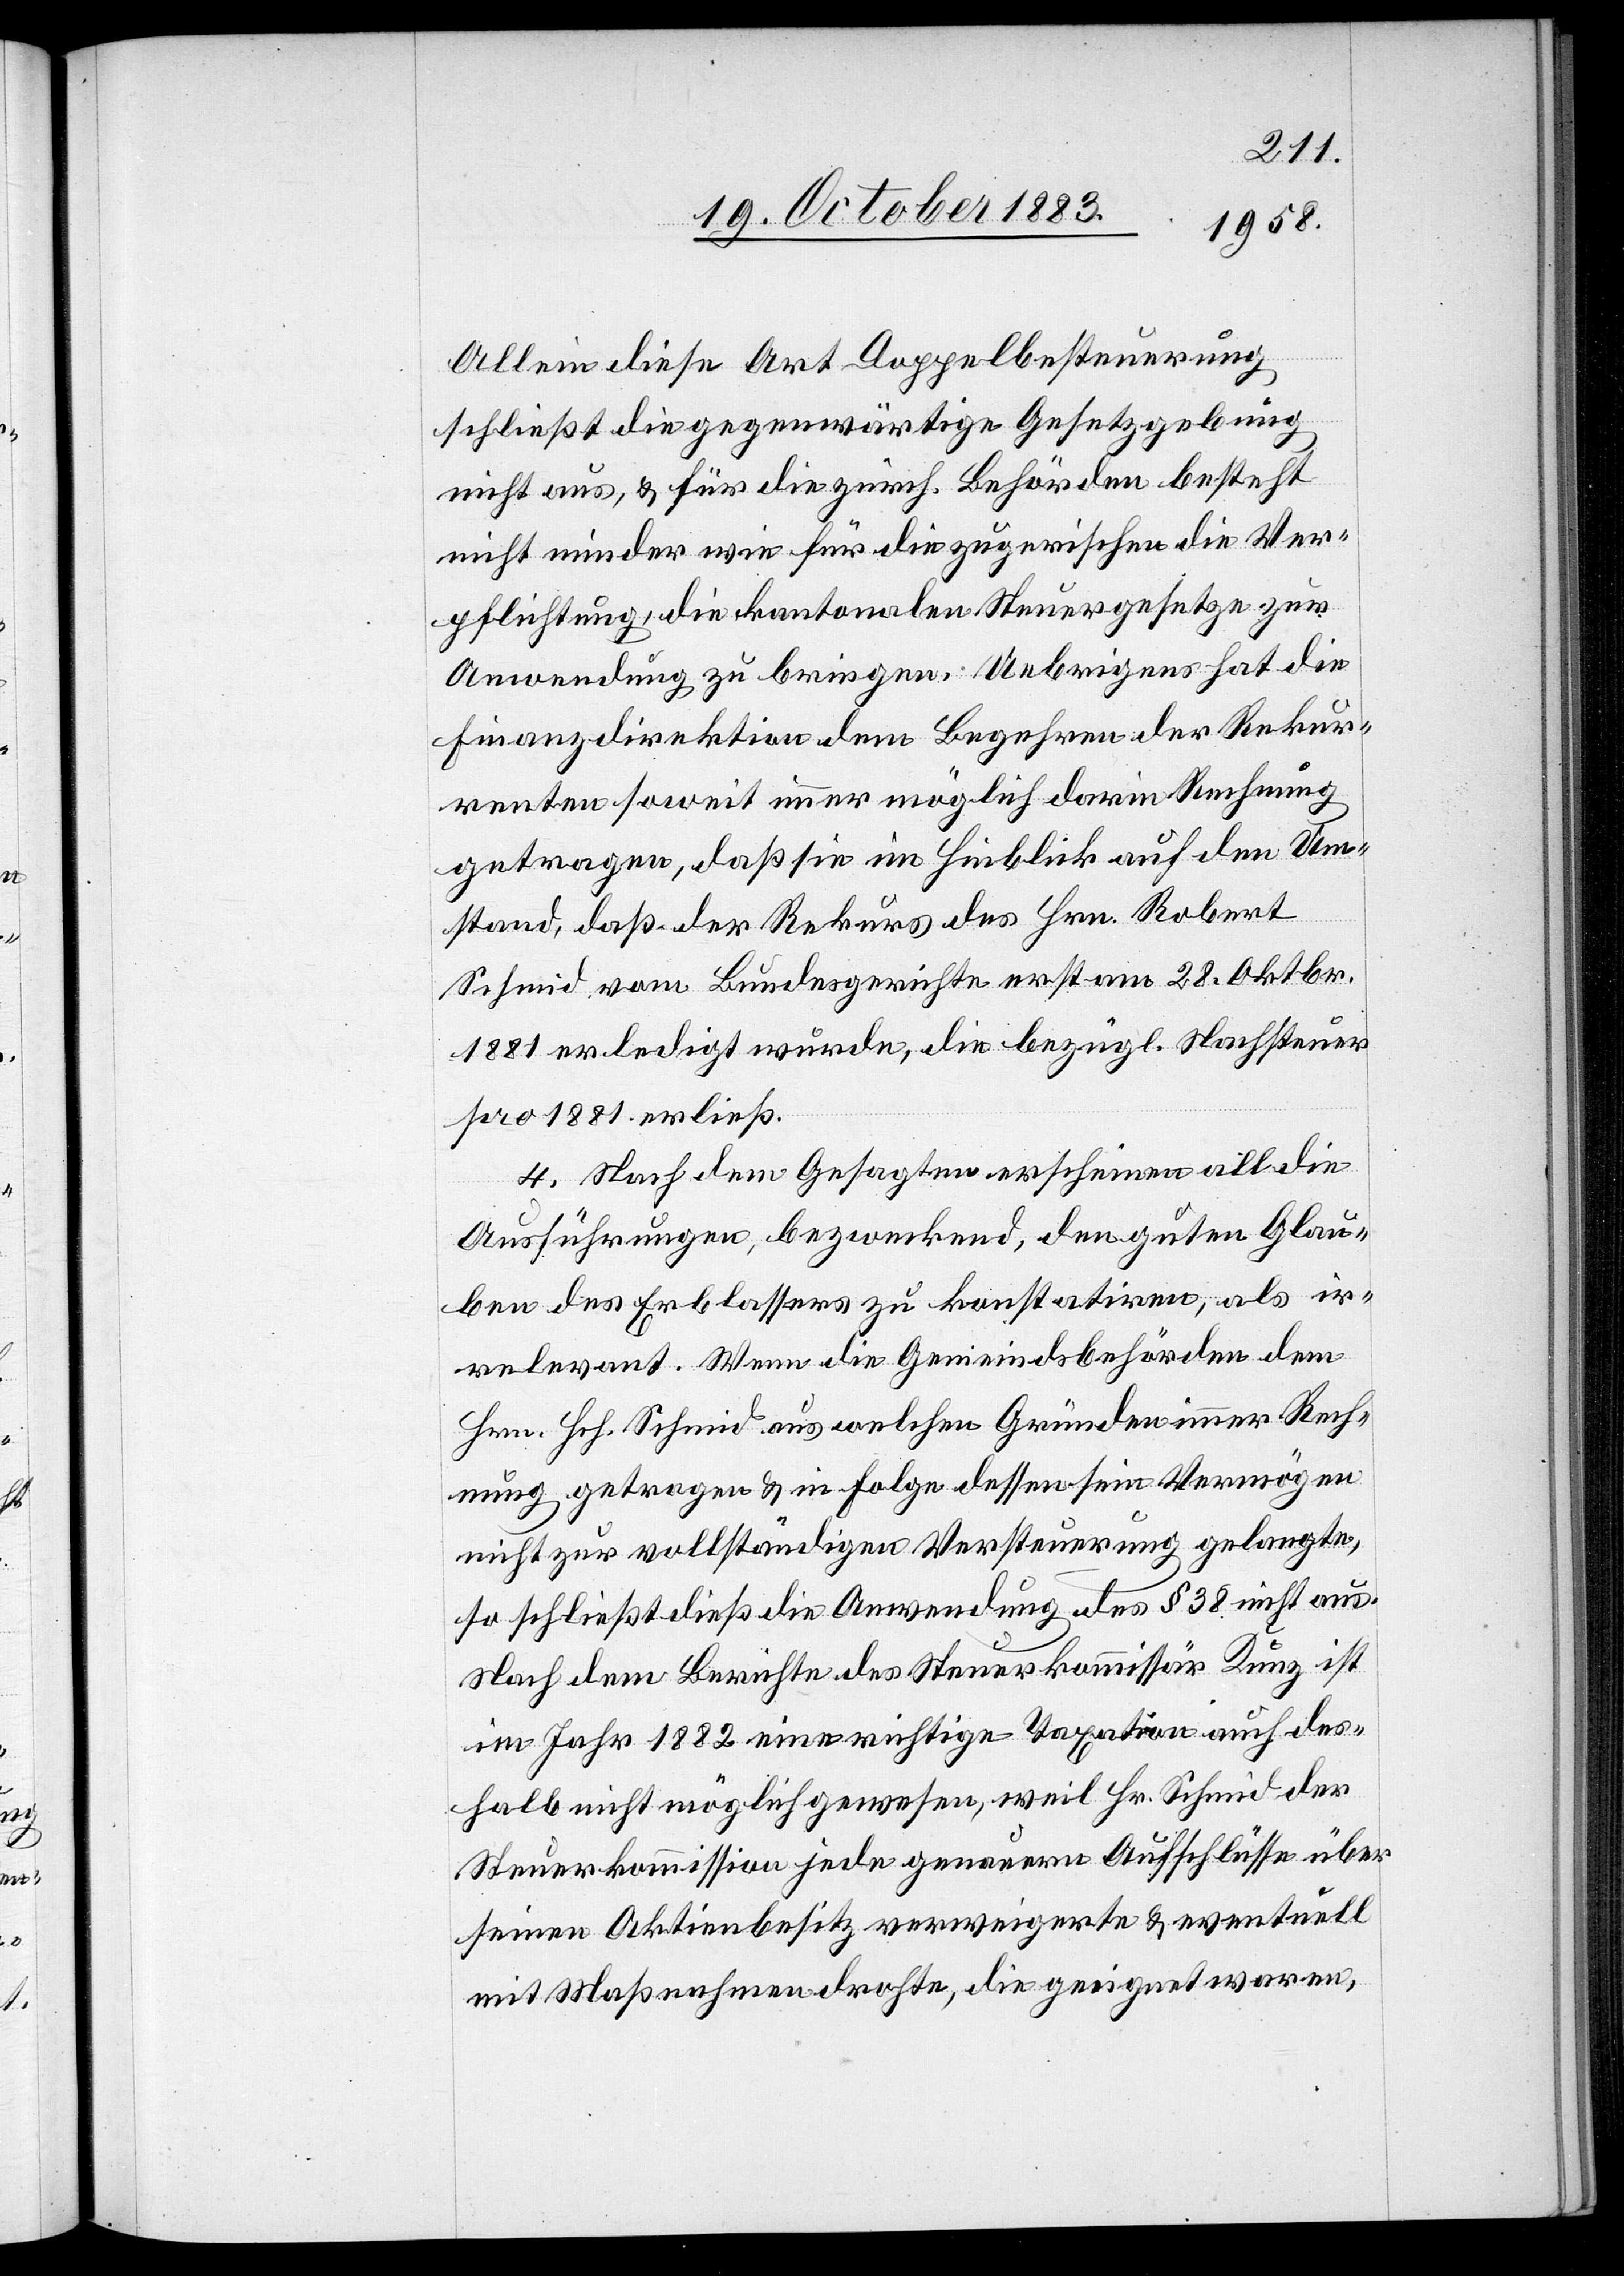
Allein diese Art Doppelbesteuerung
schließt die gegenwärtige Gesetzgebung
nicht aus, & für die zürch. Behörden besteht
nicht minder wie für die zugerischen die Ver¬
pflichtung, die kantonalen Steuergesetze zur
Anwendung zu bringen. Uebrigens hat die
Finanzdirektion dem Begehren der Rekur¬
renten soweit immer möglich darin Rechnung
getragen, daß sie im Hinblick auf den Um¬
stand, daß der Rekurs des Hrn. Robert
Schmid vom Bundesgerichte erst am 28. Oktbr.
1881 erledigt wurde, die bezügl. Nachsteuer
pro 1881 erließ.
4. Nach dem Gesagten erscheinen all die
Ausführungen, bezweckend, dem guten Glau¬
ben des Erblassers zu konstatiren, als ir¬
relevant. Wenn die Gemeindsbehörden dem
Hrn. Hch. Schmid aus welchen Gründen immer Rech¬
nung getragen & in Folge dessen sein Vermögen
nicht zur vollständigen Versteuerung gelangte,
so schließt dieß die Anwendung des § 38 nicht aus.
Nach dem Berichte des Steuerkommissär Kunz ist
im Jahr 1882 eine richtige Taxation auch des¬
halb nicht möglich gewesen, weil Hr. Schmid der
Steuerkommission jede genauern Aufschlüsse über
seinen Aktienbesitz verweigerte & eventuell
mit Maßnahmen drohte, die geeignet waren,